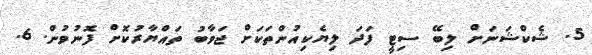
5. ޝެކްޝަނަށް ލިބޭ ސިޓީ ފަދަ ލިޔެކިއުންތަކަށް ޖަވާބު ތައްޔާރުކޮށް ފޮނުވުން. 6.